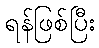
ရန်ဖြစ်ပြီး